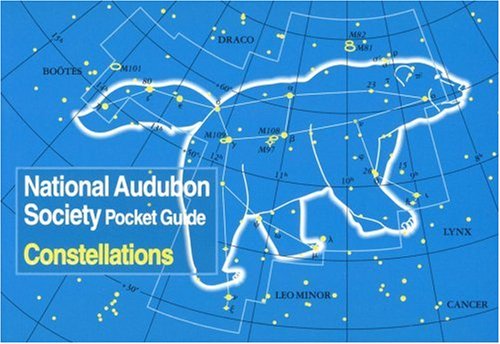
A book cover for National Audubon Society Pocket Guide to Constellations of the Northern Skies (National Audubon Society Pocket Guides); Mark Chartrand; Science & Math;